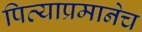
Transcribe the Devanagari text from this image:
पित्याप्रमानेच